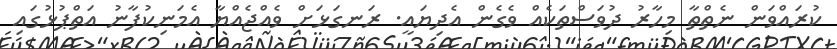
ކުރައްވަން ނެތްތާ މިހާރު ދުވަސްތަކެއް ވެގެން އެދިޔައީ. ރަނގަޅަށް ވެއްޖެއްޔާ އެމަނިކުފާނު އަތްޕުޅުގައި